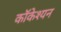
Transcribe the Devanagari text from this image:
कॉकेश्यन